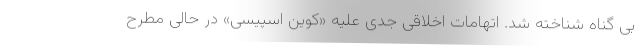
بی گناه شناخته شد. اتهامات اخلاقی جدی علیه «کوین اسپیسی» در حالی مطرح